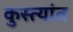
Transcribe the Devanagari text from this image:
कुस्त्यांत